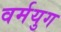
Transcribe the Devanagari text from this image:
वर्मयुग